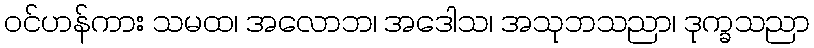
ဝင်ဟန်ကား သမထ၊ အလောဘ၊ အဒေါသ၊ အသုဘသညာ၊ ဒုက္ခသညာ